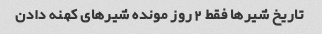
تاریخ شیرها فقط ٢ روز مونده شیرهای کهنه دادن